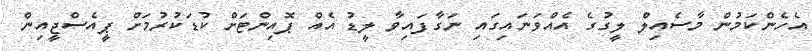
އެހެންކަމުން މާސެއިލް ލީގުގެ އެއްވަނައިގައި ނަގާފައިވާ ލީޑު އެއް ޕޮއިންޓަށް ކުޑަކުރުމަށް ޕީއެސްޖީއިން